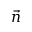
\vec { n }